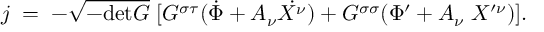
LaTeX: j \; = \; - \sqrt { - \mathrm { d e t } G } \; [ G ^ { \sigma \tau } ( \dot { \Phi } + A _ { \nu } \dot { X ^ { \nu } } ) + G ^ { \sigma \sigma } ( \Phi ^ { \prime } + A _ { \nu } \; X ^ { \prime \nu } ) ] .